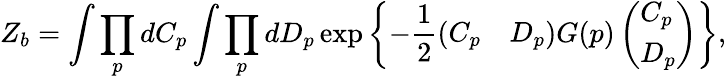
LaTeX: Z_{b}=\int\prod_{p}dC_{p}\int\prod_{p}dD_{p}\exp\left\{ -\frac{1}{2}(\begin{array}{ll}{{C_{p}}}&{{D_{p}}}\end{array})G(p)\left(\begin{array}{l}{{C_{p}}}\\ {{D_{p}}}\end{array}\right)\right\} ,